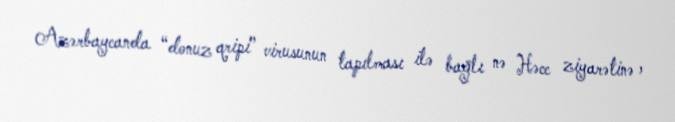
Azərbaycanda “donuz qripi” virusunun tapılması ilə bağlı nə Həcc ziyarətinə ,